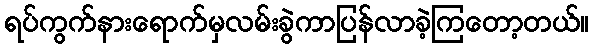
ရပ်ကွက်နားရောက်မှလမ်းခွဲကာပြန်လာခဲ့ကြတော့တယ်။